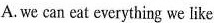
A. we can eat everything we like